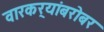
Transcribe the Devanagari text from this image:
वारकर्‍यांबरोबर